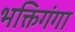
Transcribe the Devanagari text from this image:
भक्तिगंगा